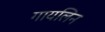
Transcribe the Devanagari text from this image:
गायलिन